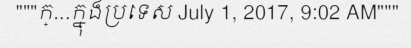
"""ក្...ក្នុងប្រទេស July 1, 2017, 9:02 AM"""